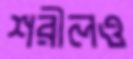
শরীলও